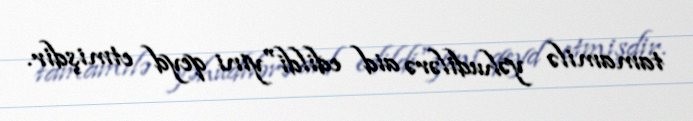
tamamilə yəhudilərə aid edildi"yini qeyd etmişdir.